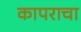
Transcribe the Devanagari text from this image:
कापराचा